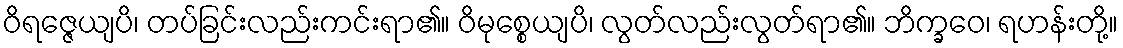
ဝိရဇ္ဇေယျပိ၊ တပ်ခြင်းလည်းကင်းရာ၏။ ဝိမုစ္စေယျပိ၊ လွတ်လည်းလွတ်ရာ၏။ ဘိက္ခဝေ၊ ရဟန်းတို့။